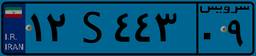
۱۲S۴۴۳۰۹